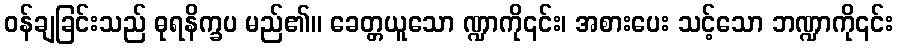
ဝန်ချခြင်းသည် ဓုရနိက္ခပ မည်၏။ ခေတ္တယူသော ဏ္ဍာကို၎င်း၊ အစားပေး သင့်သော ဘဏ္ဍာကို၎င်း